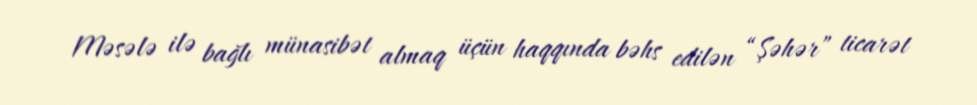
Məsələ ilə bağlı münasibət almaq üçün haqqında bəhs edilən “Şəhər” ticarət